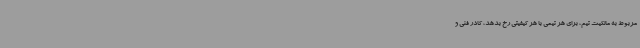
مربوط به مالکیت تیم، برای هر تیمی با هر کیفیتی رخ بدهد، کادر فنی و